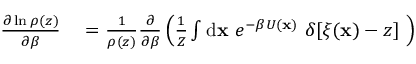
\begin{array} { r l } { \frac { \partial \ln \rho ( z ) } { \partial \beta } } & { { } = \frac { 1 } { \rho ( z ) } \frac { \partial } { \partial \beta } \left( \frac { 1 } { Z } \int \ensuremath { \mathrm { d } } \ensuremath { \mathbf { x } } \ e ^ { - \beta U ( \ensuremath { \mathbf { x } } ) } \ \delta [ \xi ( \ensuremath { \mathbf { x } } ) - z ] \ \right) } \end{array}